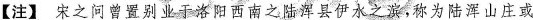
【注】宋之问曾置别业于洛阳西南之陆浑县伊水之滨，称为陆浑山庄或